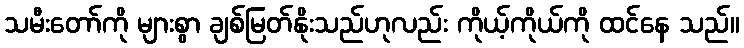
သမီးတော်ကို များစွာ ချစ်မြတ်နိုးသည်ဟုလည်း ကိုယ့်ကိုယ်ကို ထင်နေ သည်။